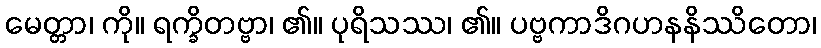
မေတ္တာ၊ ကို။ ရက္ခိတဗ္ဗာ၊ ၏။ ပုရိသဿ၊ ၏။ ပဗ္ဗကာဒိဂဟနနိဿိတော၊